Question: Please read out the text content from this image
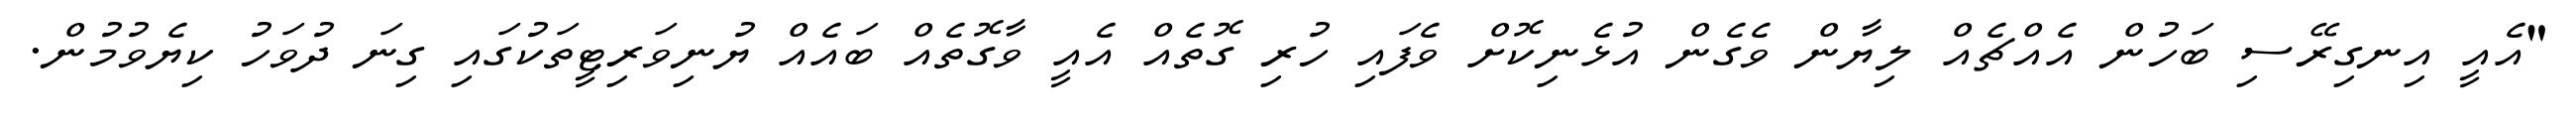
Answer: "އެއީ އިނގިރޭސި ބަހުން އެއްޗެއް ލިޔާން ވެގެން އުޅެނިކޮށް ވެފައި ހުރި ގޮތެއް އެއީ ވާގޮތެއް ބައެއް ޔުނިވަރިޓީތަކުގައި ގިނަ ދުވަހު ކިޔެވުމުން.